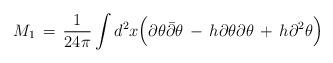
LaTeX: \begin{align*}M_1 \,=\,{1\over 24\pi} \int d^2x \Big( \partial \theta {\bar \partial} \theta \,-\, h \partial \theta \partial \theta\,+\,h \partial^2 \theta \Big)\end{align*}